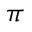
\pi